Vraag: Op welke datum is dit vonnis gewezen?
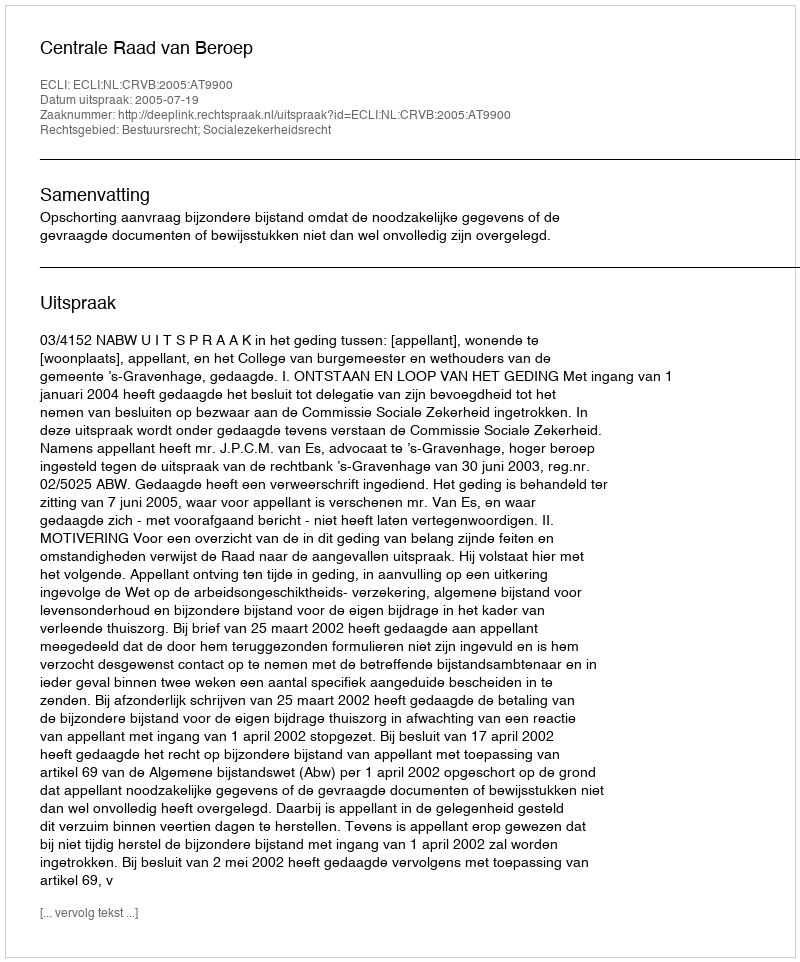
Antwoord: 2005-07-19